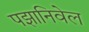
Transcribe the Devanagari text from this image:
पझानिवेल